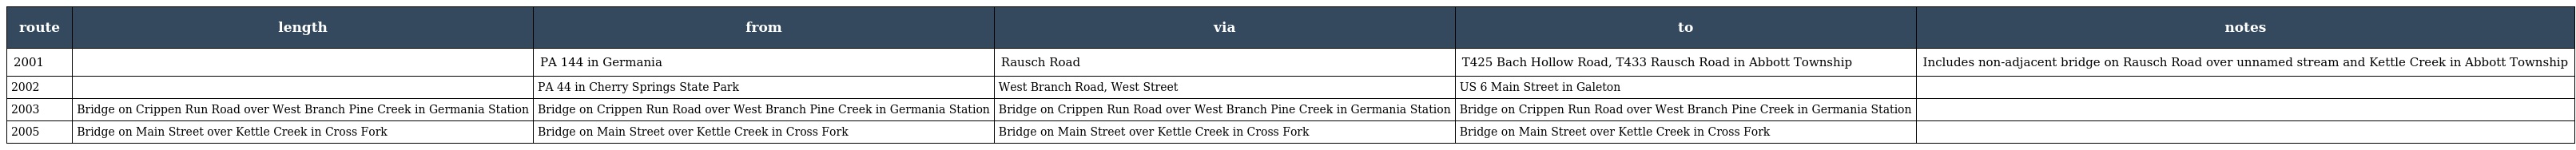
| route | length | from | via | to | notes |
 | --- | --- | --- | --- | --- | --- |
 | 2001 |  | PA 144 in Germania | Rausch Road | T425 Bach Hollow Road, T433 Rausch Road in Abbott Township | Includes non-adjacent bridge on Rausch Road over unnamed stream and Kettle Creek in Abbott Township |
 | 2002 |  | PA 44 in Cherry Springs State Park | West Branch Road, West Street | US 6 Main Street in Galeton |  |
 | 2003 | Bridge on Crippen Run Road over West Branch Pine Creek in Germania Station | Bridge on Crippen Run Road over West Branch Pine Creek in Germania Station | Bridge on Crippen Run Road over West Branch Pine Creek in Germania Station | Bridge on Crippen Run Road over West Branch Pine Creek in Germania Station |  |
 | 2005 | Bridge on Main Street over Kettle Creek in Cross Fork | Bridge on Main Street over Kettle Creek in Cross Fork | Bridge on Main Street over Kettle Creek in Cross Fork | Bridge on Main Street over Kettle Creek in Cross Fork |  |